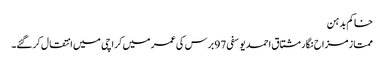
خاکم بدہن
ممتاز مزاح نگار مشتاق احمد یوسفی 97 برس کی عمر میں کراچی میں انتقال کرگئے۔